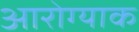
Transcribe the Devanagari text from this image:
आरोग्याक